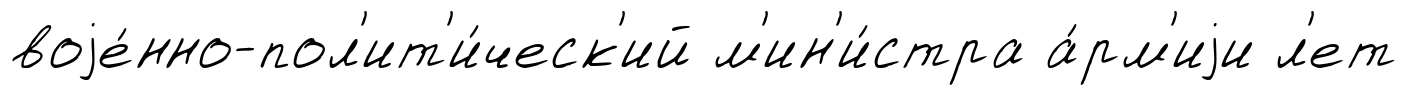
воjе́нно-пол'ит'и́ческ'ий м'ин'и́стра а́рм'иjи л'ет